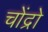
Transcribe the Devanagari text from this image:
चोंद्रो